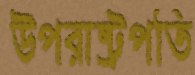
উপরাষ্ট্রপতি